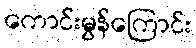
ကောင်းမွန်ကြောင်း